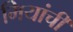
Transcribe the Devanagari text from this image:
मियांची